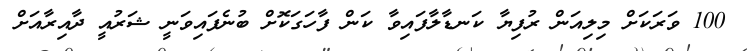
100 ވަރަކަށް މިލިއަން ރުފިޔާ ކަނޑާލާފައިވާ ކަން ފާހަގަކޮށް ބުނެފައިވަނީ ޝަރުއީ ދާއިރާއަށް